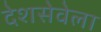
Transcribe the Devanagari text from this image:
देशसेवेला